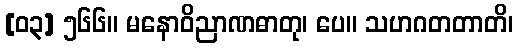
[၀၃] ၅၆၆။ မနောဝိညာဏဓာတု၊ ပေ။ သဟဂတတာတိ၊